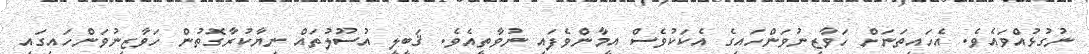
ނުގުޅުއްވައެވެ. އެހައިތަނަށް ހަވާޒިނުވަންހައިގެ އެކަކުވެސް އީމާންވެފައި ނުވާތީއެވެ. ޤަބީލީ އުސޫލުތައް ނިޔާކުރާގޮތުން ހަވާޒިނުވަންހައިގައި